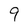
Character: 9